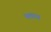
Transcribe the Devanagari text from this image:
थवाय